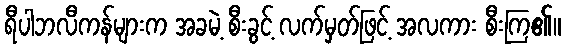
ရီပါဘလီကန်များက အခမဲ့ စီးခွင့် လက်မှတ်ဖြင့် အလကား စီးကြ၏။